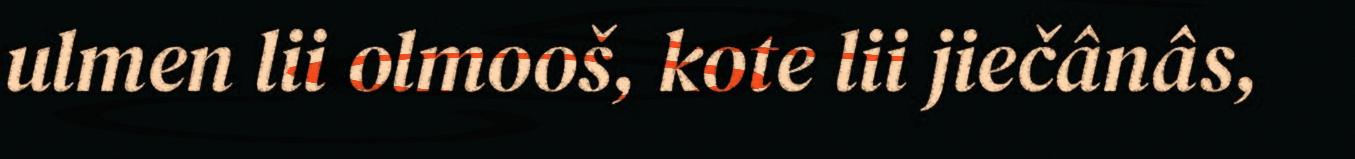
ulmen lii olmooš, kote lii jiečânâs,